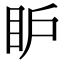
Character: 𥄅